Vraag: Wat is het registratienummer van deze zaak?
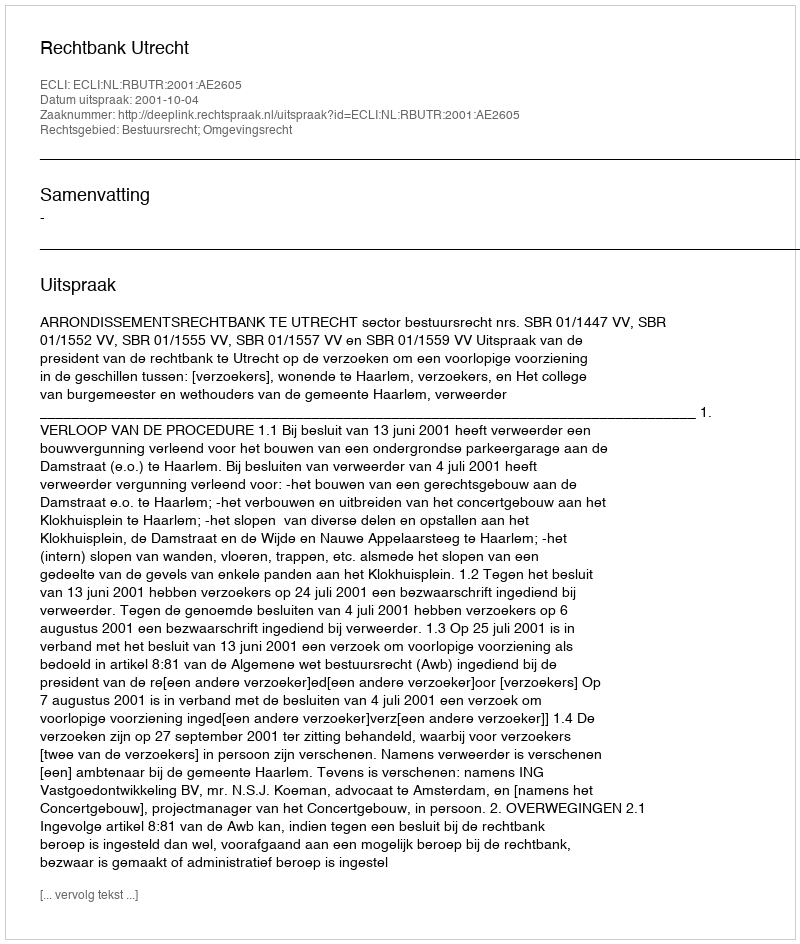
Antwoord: http://deeplink.rechtspraak.nl/uitspraak?id=ECLI:NL:RBUTR:2001:AE2605